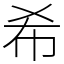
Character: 希